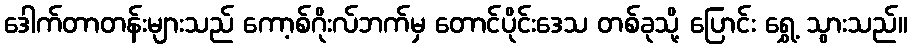
ဒေါက်တာတန်းများသည် ကော့စ်ဂိုးလ်ဘက်မှ တောင်ပိုင်းဒေသ တစ်ခုသို့ ပြောင်း ရွှေ့ သွားသည်။